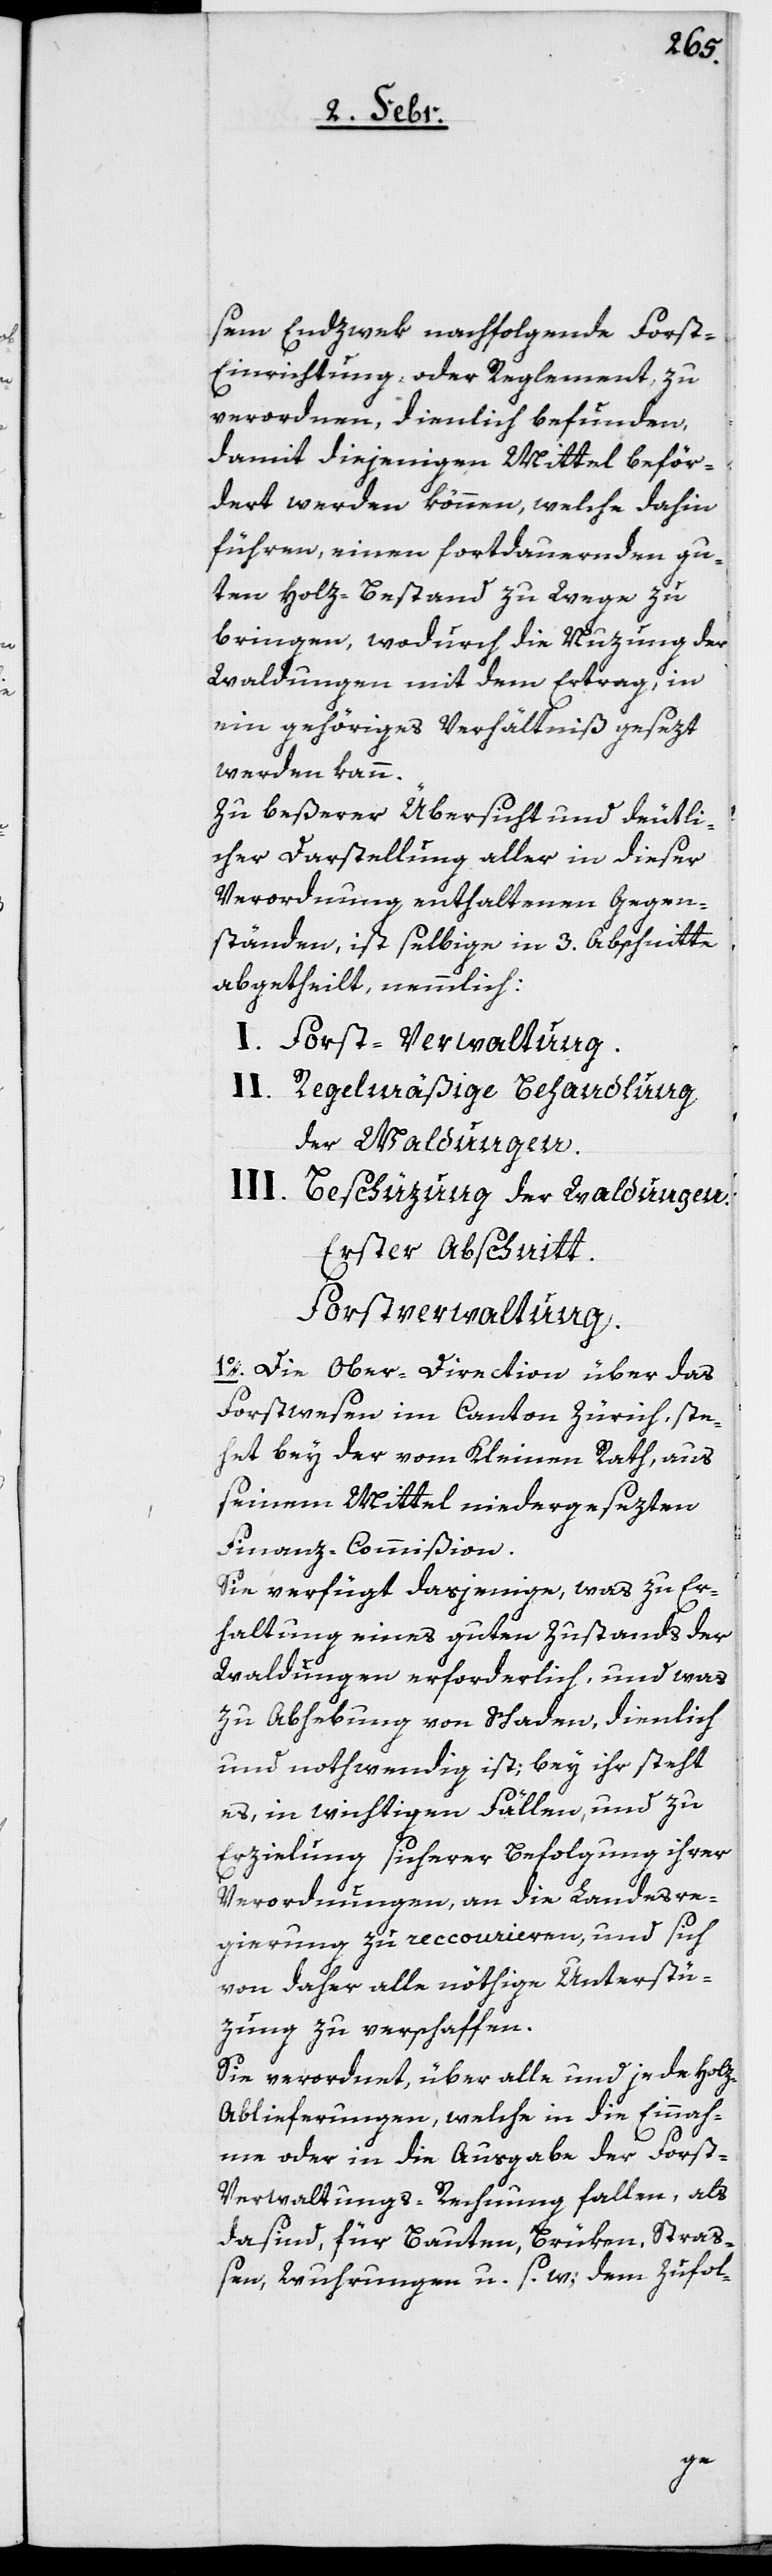
sem Endzwek nachfolgende Forst-E¬
inrichtung oder Reglement zu
verordnen, dienlich befunden,
damit diejenigen Mittel beför¬
dert werden können, welche dahin
führen, einen fortdauernden gu¬
ten Holz-Bestand zu Wege zu
bringen, wodurch die Nuzung der
Waldungen mit dem Ertrag in
ein gehöriges Verhältniß gesezt
werden kann.
Zu beßerer Übersicht und deutli¬
cher Darstellung aller in dieser
Verordnung enthaltenen Gegen¬
ständen, ist selbige in 3. Abschnitte
abgetheilt, nemmlich:
I. Forst-Verwaltung.
II. Regelmäßige Behandlung
der Waldungen.
III. Beschüzung der Waldungen.
Erster Abschnitt:
Forstverwaltung.
1o. Die Ober-Direction über das
Forstwesen im Canton Zürich, ste¬
het bey der vom Kleinen Rath, aus
seinem Mittel niedergesezten
Finanz-Commißion.
Sie verfügt dasjenige, was zu Er¬
haltung eines guten Zustands der
Waldungen erforderlich, und was
zu Abhebung von Schaden, dienlich
und nothwendig ist; bey ihr steht
es, in wichtigen Fällen, und zu
Erzielung sicherer Befolgung ihrer
Verordnungen, an die Landesre¬
gierung zu reccourieren, und sich
von daher alle nöthige Unterstü¬
zung zu verschaffen.
Sie verordnet, über alle und jede Hol¬
z-Ablieferungen, welche in die Einnah¬
me oder in die Ausgabe der Fors¬
t-Verwaltungs-Rechnung fallen, als
da sind, für Bauten, Brüken, Straß¬
en, Wuhrungen u. s. w.; dem zufol-